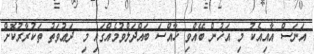
އަނަސް އާއިއެކު މި އަޚުން ބޭއްވި ޚާއްސަ ބައްދަލްވުމެއްގައި މި ދަޢުވަތު ތަކުރާރުކޮށް